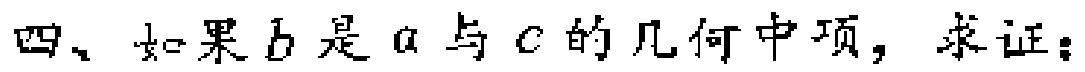
四、如果\(b\)是\(a\)与\(c\)的几何中项，求证：